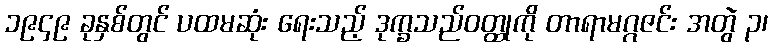
၁၉၄၉ ခုနှစ်တွင် ပထမဆုံး ရေးသည့် ဒုက္ခသည်ဝတ္ထုကို တာရာမဂ္ဂဇင်း အတွဲ ၃၊